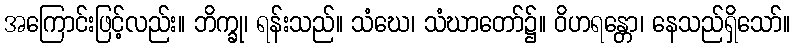
အကြောင်းဖြင့်လည်း။ ဘိက္ခု၊ ရန်းသည်။ သံဃေ၊ သံဃာတော်၌။ ဝိဟရန္တော၊ နေသည်ရှိသော်။